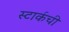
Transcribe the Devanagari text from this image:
स्टार्कची